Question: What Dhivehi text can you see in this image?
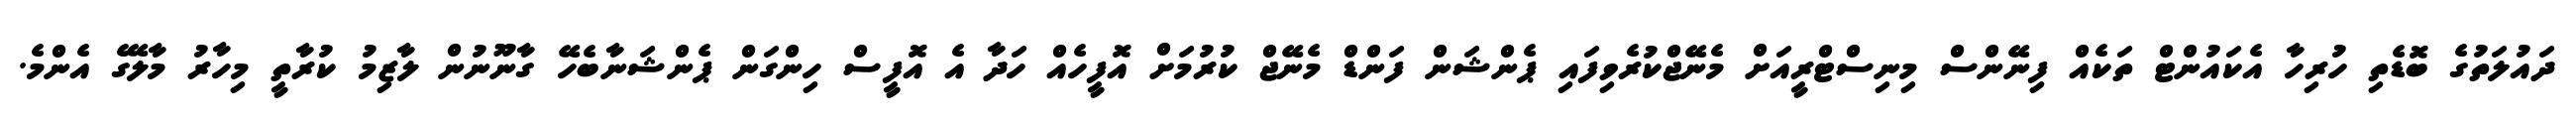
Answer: ދައުލަތުގެ ބޮޑެތި ހުރިހާ އެކައުންޓް ތަކެއް ފިނޭންސް މިނިސްޓްރީއަށް މެނޭޖްކުރެވިފައި ޕެންޝަން ފަންޑް މެނޭޖް ކުރުމަށް އޮފީހެއް ހަދާ އެ އޮފީސް ހިންގަން ޕެންޝަނާބެހޭ ގާނޫނުން ލާޒިމު ކުރާތީ މިހާރު މާލޭގެ އެންމެ.